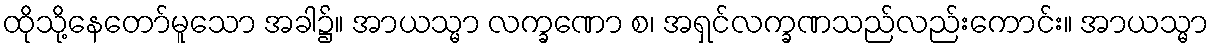
ထိုသို့နေတော်မူသော အခါ၌။ အာယသ္မာ လက္ခဏော စ၊ အရှင်လက္ခဏသည်လည်းကောင်း။ အာယသ္မာ